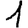
Digit: 1